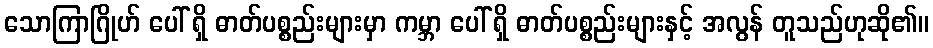
သောကြာဂြိုဟ် ပေါ် ရှိ ဓာတ်ပစ္စည်းများမှာ ကမ္ဘာ ပေါ် ရှိ ဓာတ်ပစ္စည်းများနှင့် အလွန် တူသည်ဟုဆို၏။